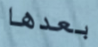
بعدها